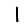
Digit: 1